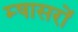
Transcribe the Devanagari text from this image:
म्षासरों